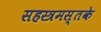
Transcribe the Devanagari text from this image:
सहस्त्रमस्तके